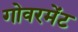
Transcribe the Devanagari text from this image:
गोवरमेंट